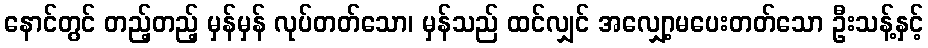
နောင်တွင် တည့်တည့် မှန်မှန် လုပ်တတ်သော၊ မှန်သည် ထင်လျှင် အလျှော့မပေးတတ်သော ဦးသန့်နှင့်